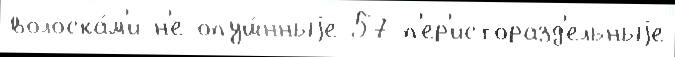
волоска́м'и н'е опуш́нныjе 57-п'ер'исторазд'ельныjе